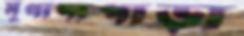
মুগাদাপাড়া